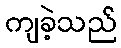
ကျခဲ့သည်